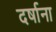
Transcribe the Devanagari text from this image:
दर्षाना